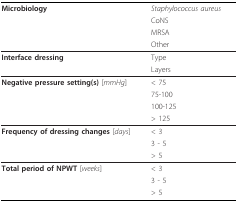
<table><thead><tr><td><b>Microbiology</b></td><td><b><i>Staphylococcus aureus</i></b></td></tr><tr><td></td><td><b>CoNS</b></td></tr><tr><td></td><td><b>MRSA</b></td></tr><tr><td></td><td><b>Other</b></td></tr></thead><tbody><tr><td><b>Interface dressing</b></td><td>Type</td></tr><tr><td></td><td>Layers</td></tr><tr><td><b>Negative pressure setting(s) </b>[<i>mmHg</i>]</td><td>&lt; 75</td></tr><tr><td></td><td>75-100</td></tr><tr><td></td><td>100-125</td></tr><tr><td></td><td>&gt; 125</td></tr><tr><td><b>Frequency of dressing changes </b>[<i>days</i>]</td><td>&lt; 3</td></tr><tr><td></td><td>3 - 5</td></tr><tr><td></td><td>&gt; 5</td></tr><tr><td><b>Total period of NPWT </b>[<i>weeks</i>]</td><td>&lt; 3</td></tr><tr><td></td><td>3 - 5</td></tr><tr><td></td><td>&gt; 5</td></tr></tbody></table>